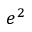
e ^ { 2 }